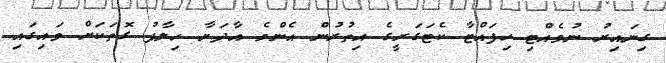
ގިނައިރު ނުވެއްޓި ހިފައްޓާ ކެޓަގަރީގެ އިތުރުން އެންމެ އާދަޔާ ހިލާފު ގޮތަކަށް ވައިގައި